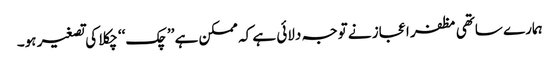
ہمارے ساتھی مظفر اعجاز نے توجہ دلائی ہے کہ ممکن ہے ’’چک‘‘ چکلا کی تصغیر ہو۔